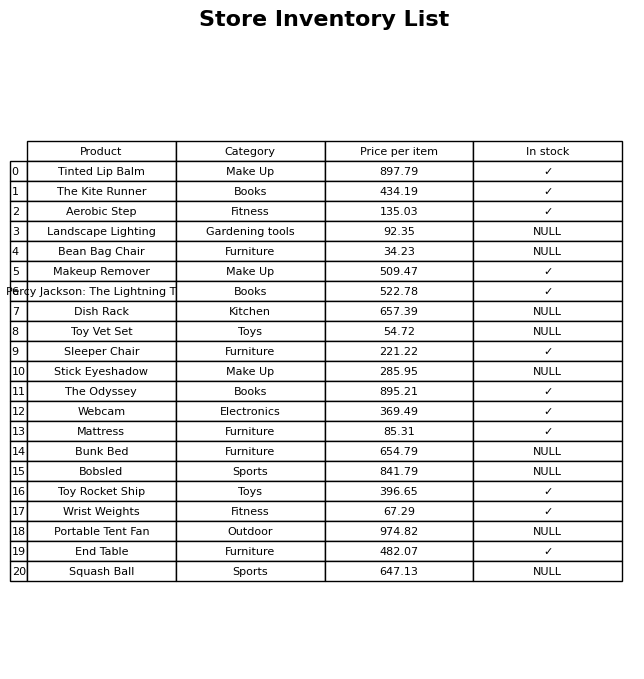
question: What category does the Webcam belong to?
answer: Electronics